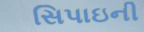
સિપાઇની